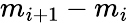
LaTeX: m_{i+1}-m_{i}